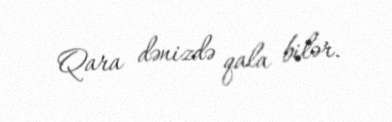
Qara dənizdə qala bilər.